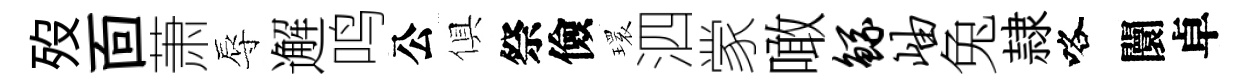
歿靣萧辱邂鸣公俱祭儉𤨔泗䝉噉鲧岫兔隷咯闤卓